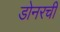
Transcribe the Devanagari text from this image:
डोनरची